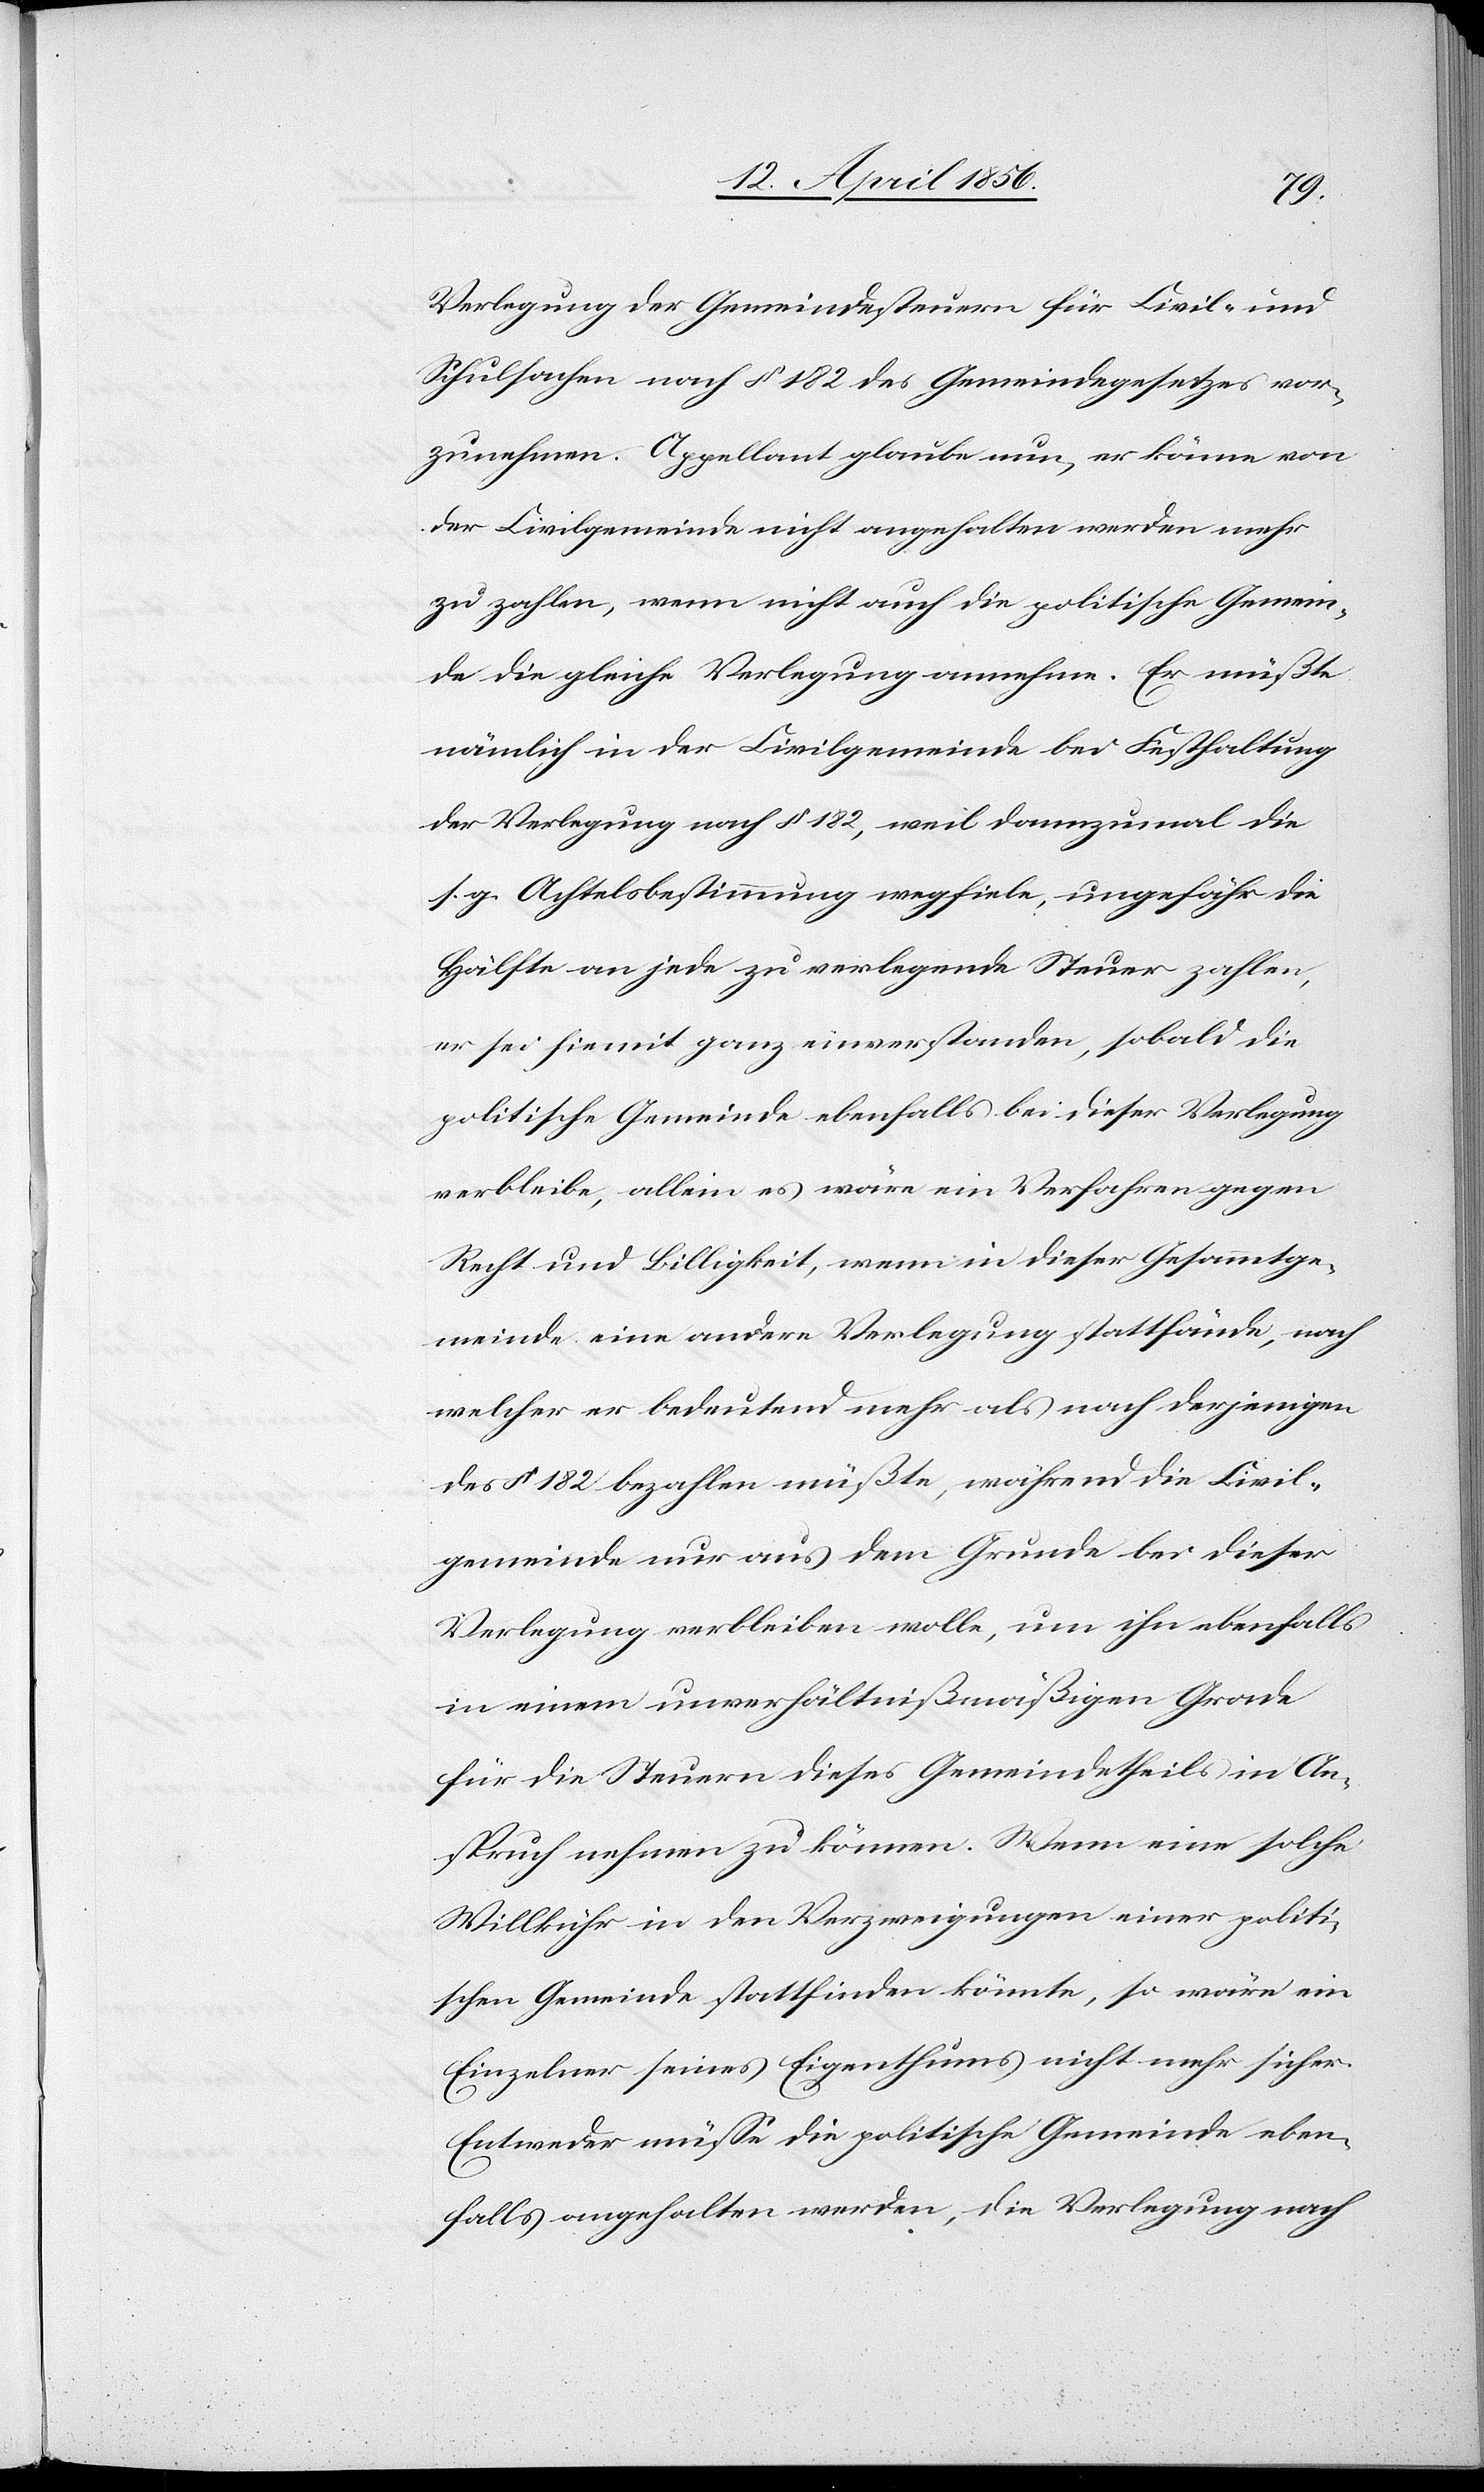
Verlegung der Gemeindesteuern für Civil- und
Schulsachen nach § 182 des Gemeindegesetzes vor¬
zunehmen. Appellant glaube nun, er könne von
der Civilgemeinde nicht angehalten werden mehr
zu zahlen, wenn nicht auch die politische Gemein¬
de die gleiche Verlegung annehme. Er müßte
nämlich in der Civilgemeinde bei Festhaltung
der Verlegung nach § 182, weil dannzumal die
s. g. Achtelsbestimmung wegfiele, ungefähr die
Hälfte an jede zu verlegende Steuer zahlen,
er sei hiemit ganz einverstanden, sobald die
politische Gemeinde ebenfalls bei dieser Verlegung
verbleibe, allein es wäre ein Verfahren gegen
Recht und Billigkeit, wenn in dieser Gesammtge¬
meinde eine andere Verlegung stattfände, nach
welcher er bedeutend mehr als nach derjenigen
des § 182 bezahlen müßte, während die Civil¬
gemeinde nur aus dem Grunde bei dieser
Verlegung verbleiben wolle, um ihn ebenfalls
in einem unverhältnißmäßigen Grade
für die Steuern dieses Gemeindetheils in An¬
spruch nehmen zu können. Wenn eine solche
Willkühr in den Verzweigungen einer politi¬
schen Gemeinde stattfinden könnte, so wäre ein
Einzelner seines Eigenthums nicht mehr sicher.
Entweder müsse die politische Gemeinde eben¬
falls angehalten werden, die Verlegung nach